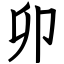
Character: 卯